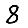
Digit: 8